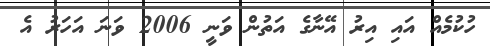
ހުކުމެއް އައި އިރު އޭނާގެ އަތުން ވަނީ 2006 ވަނަ އަހަރު އެ